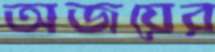
অজয়ের